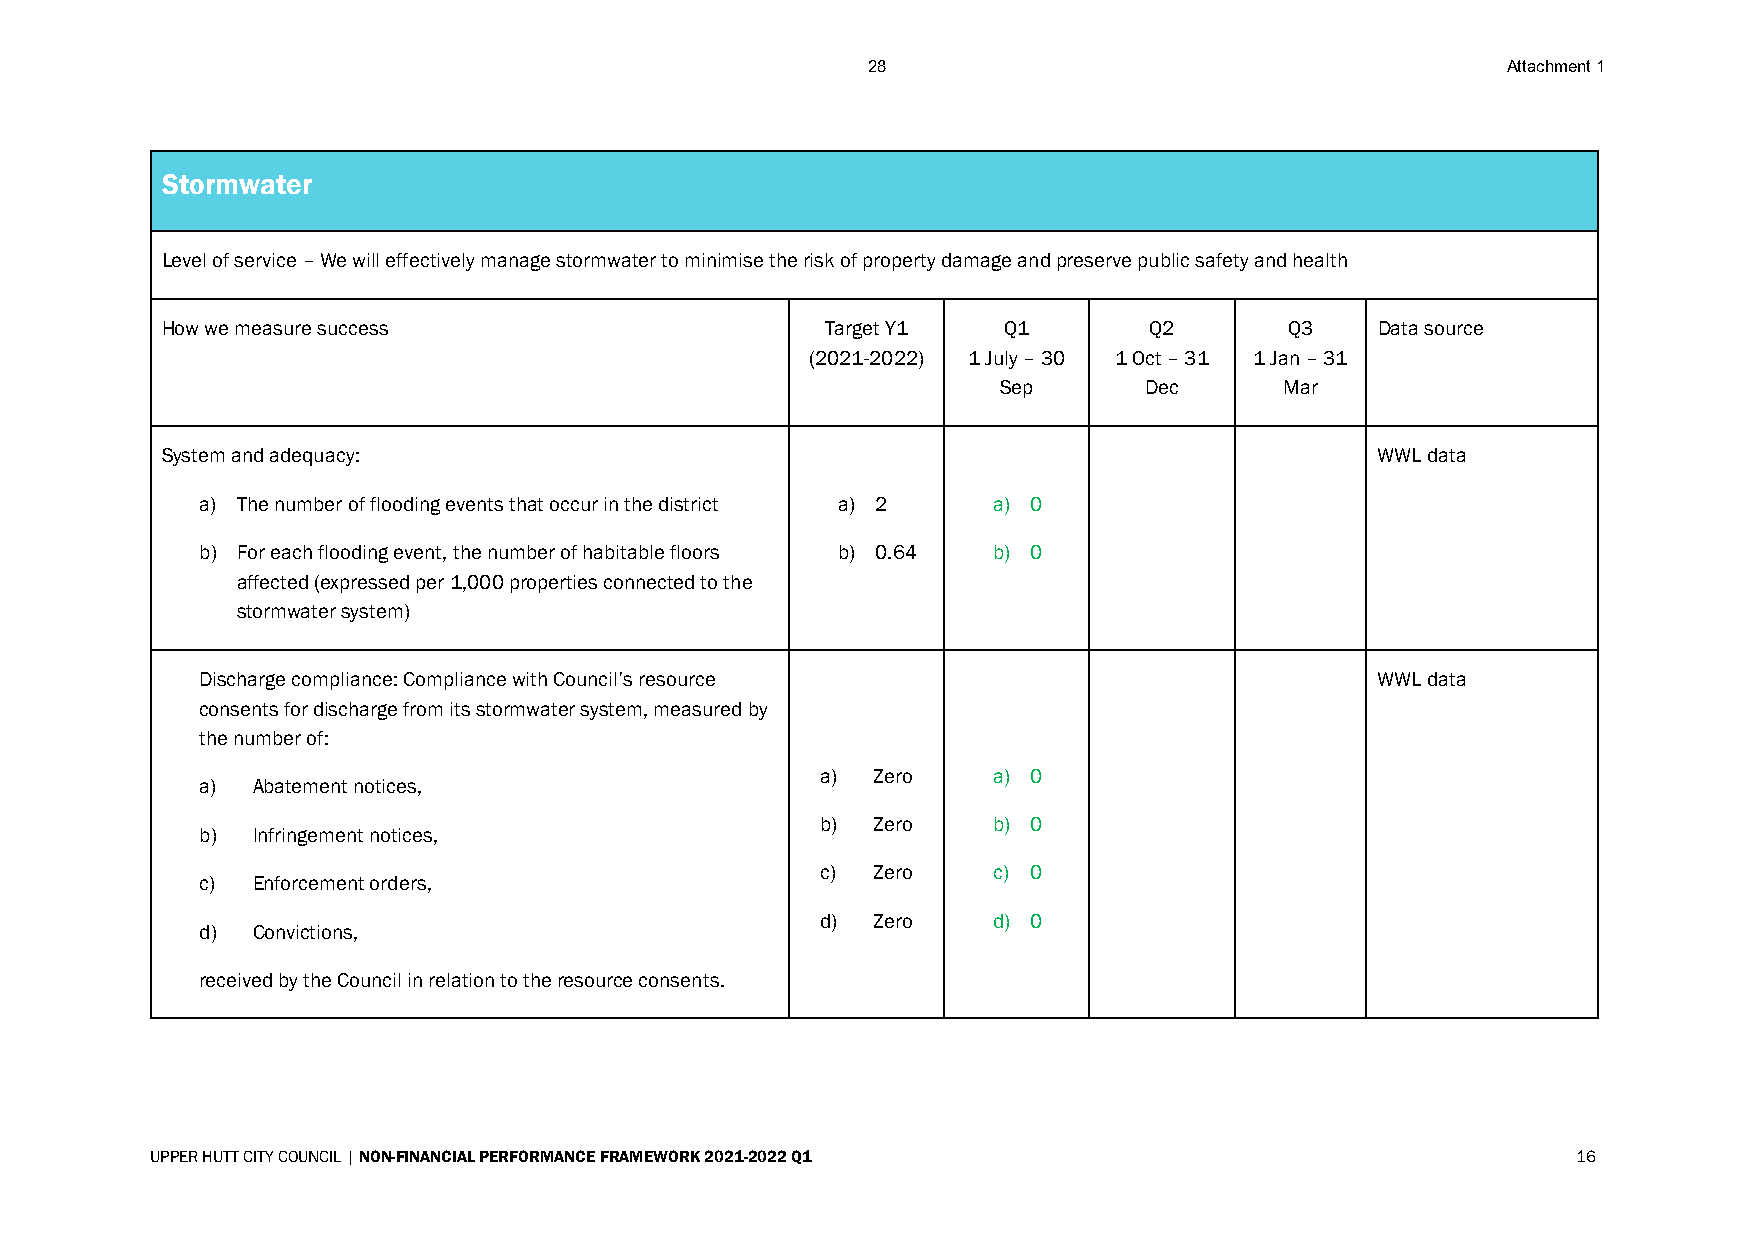
28                                         Attachment 1
 Stormwater
 Level of service – We will effectively manage stormwater to minimise the risk of property damage and preserve public safety and health
 How we measure success                      Target Y1  Q1        Q2       Q3    Data source
 (2021-2022) 1 July – 30 1 Oct – 31 1 Jan – 31
 Sep       Dec      Mar
 System and adequacy:                                                            WWL data
 a) The number of flooding events that occur in the district a) 2 a) 0
 b) For each flooding event, the number of habitable floors b) 0.64 b) 0
 affected (expressed per 1,000 properties connected to the
 stormwater system)
 Discharge compliance: Compliance with Council’s resource                      WWL data
 consents for discharge from its stormwater system, measured by
 the number of:
 a)  Zero    a) 0
 a)  Abatement notices,
 b)  Zero    b) 0
 b)  Infringement notices,
 c)  Zero    c) 0
 c)  Enforcement orders,
 d)  Zero    d) 0
 d)  Convictions,
 received by the Council in relation to the resource consents.
 UPPER HUTT CITY COUNCIL | NON-FINANCIAL PERFORMANCE FRAMEWORK 2021-2022 Q1                    16